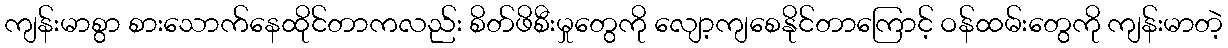
ကျန်းမာစွာ စားသောက်နေထိုင်တာကလည်း စိတ်ဖိစီးမှုတွေကို လျော့ကျစေနိုင်တာကြောင့် ဝန်ထမ်းတွေကို ကျန်းမာတဲ့